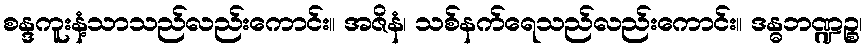
စန္ဒကူးနံ့သာသည်လည်းကောင်း။ အဇိနံ၊ သစ်နက်ရေသည်လည်းကောင်း။ ဒန္ဓဘဏ္ဍဉ္စ၊